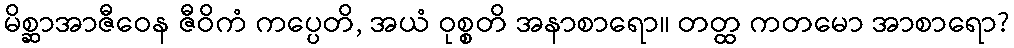
မိစ္ဆာအာဇီဝေန ဇီဝိကံ ကပ္ပေတိ, အယံ ဝုစ္စတိ အနာစာရော။ တတ္ထ ကတမော အာစာရော?